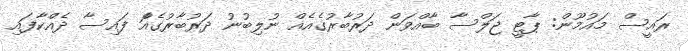
ރައީސް މައުމޫން: ޕާޓީ ޖަލްސާ ބާއްވަން ދަރުބާރުގެއެއް ނުލިބުނު ދަރުބާރުގެއަް ފައިސާ ދެއްކާފައި